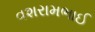
વશરામભાઈ